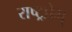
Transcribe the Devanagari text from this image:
राष्ट्रप्रेम्